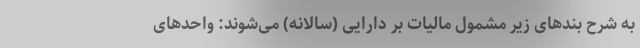
به شرح بندهای زیر مشمول مالیات بر دارایی (سالانه) می‌شوند: واحدهای